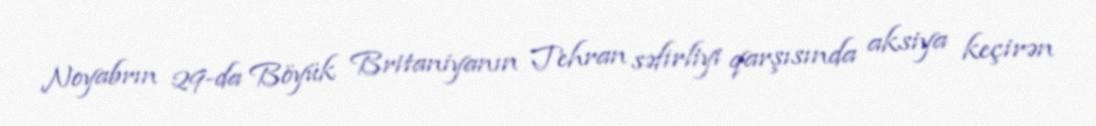
Noyabrın 29-da Böyük Britaniyanın Tehran səfirliyi qarşısında aksiya keçirən